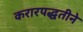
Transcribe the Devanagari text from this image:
करारपद्धतीने